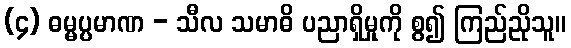
(၄) ဓမ္မပ္ပမာဏ - သီလ သမာဓိ ပညာရှိမှုကို စွ၍ ကြည်ညိုသူ။